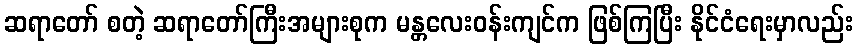
ဆရာတော် စတဲ့ ဆရာတော်ကြီးအများစုက မန္တလေးဝန်းကျင်က ဖြစ်ကြပြီး နိုင်ငံရေးမှာလည်း